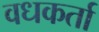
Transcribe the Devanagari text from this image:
वधकर्ता